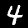
Label: 4